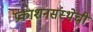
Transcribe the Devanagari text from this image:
प्रकाशनसंस्थेची